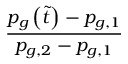
\frac { p _ { g } \left( \tilde { t } \right) - p _ { g , 1 } } { p _ { g , 2 } - p _ { g , 1 } }